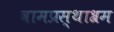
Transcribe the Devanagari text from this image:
वामप्रस्थाश्रम